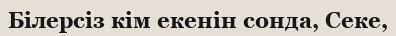
Білерсіз кім екенін сонда, Секе,